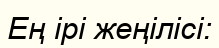
Ең ірі жеңілісі: